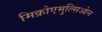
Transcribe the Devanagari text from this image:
मिक्रोएमुल्सिओन